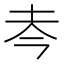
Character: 𰉜